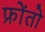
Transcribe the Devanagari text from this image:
फ्रोंतो